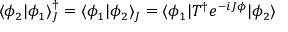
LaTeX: \langle \phi _ { 2 } | \phi _ { 1 } \rangle _ { J } ^ { \dagger } = \langle \phi _ { 1 } | \phi _ { 2 } \rangle _ { J } = \langle \phi _ { 1 } | T ^ { \dagger } e ^ { - i J \phi } | \phi _ { 2 } \rangle